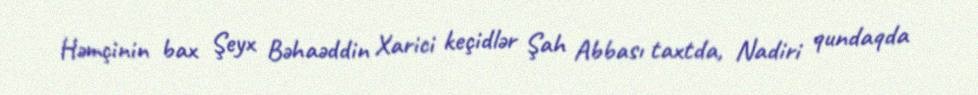
Həmçinin bax Şeyx Bəhaəddin Xarici keçidlər Şah Abbası taxtda, Nadiri qundaqda